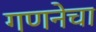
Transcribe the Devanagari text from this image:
गणनेचा